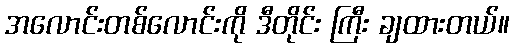
အလောင်းတစ်လောင်းကို ဒီတိုင်း ကြီး ချထားတယ်။